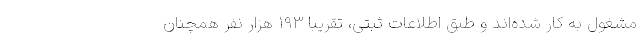
مشغول به کار شده‌اند و طبق اطلاعات ثبتی، تقریباً ۱۹۳ هزار نفر همچنان